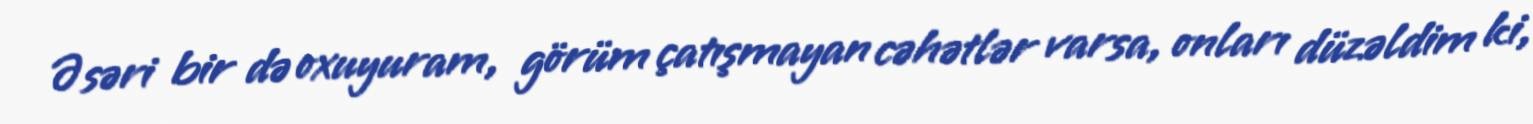
Əsəri bir də oxuyuram, görüm çatışmayan cəhətlər varsa, onları düzəldim ki,